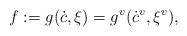
LaTeX: \begin{align*}f:=g(\dot{c},\xi )=g^{v}(\dot{c}^{v},\xi ^{v}), \end{align*}